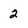
Character: 2